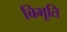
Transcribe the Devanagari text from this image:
बिभूति